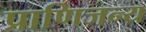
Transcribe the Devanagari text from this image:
प्राणिजन्य